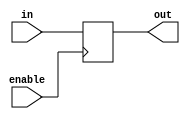
module io_buffer (
    input wire in,
    input wire enable,
    output reg out
);

always @ (posedge enable)
if (enable)
out <= in;

endmodule